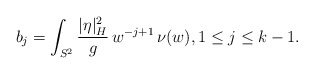
\begin{align*} b_j=\int_{S^2}\frac{|\eta|_H^2}g\,w^{-j+1}\,\nu(w), 1\leq j\leq k-1.\end{align*}